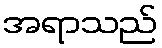
အရာသည်